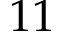
1 1